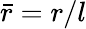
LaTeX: \bar{r}=r/l